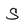
Character: S